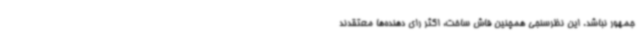
جمهور نباشد. این نظرسنجی همچنین فاش ساخت، اکثر رای دهنده‌ها معتقدند